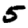
Digit: 5